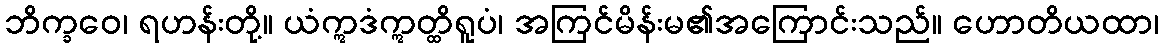
ဘိက္ခဝေ၊ ရဟန်းတို့။ ယံဣဒံဣတ္ထိရူပံ၊ အကြင်မိန်းမ၏အကြောင်းသည်။ ဟောတိယထာ၊